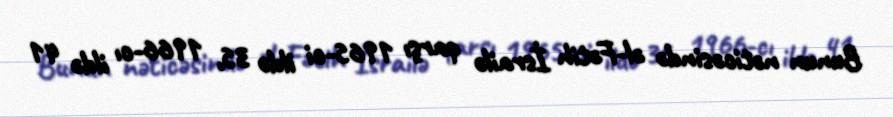
Bunun nəticəsində əl-Fətih İsrailə qarşı 1965-ci ildə 35, 1966-cı ildə 41